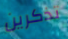
تذكرين